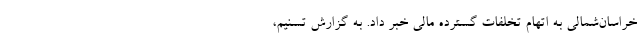
خراسان‌شمالی به ‌اتهام تخلفات گسترده مالی خبر داد. به گزارش تسنیم،